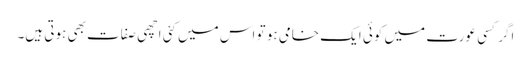
اگر کسی عورت میں کوئی ایک خامی ہو تو اس میں کئی اچھی صفات بھی ہوتی ہیں۔